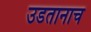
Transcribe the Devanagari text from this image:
उडतानाच